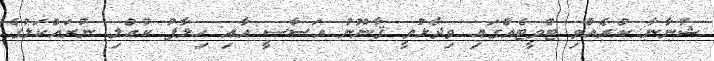
ޝުނާނާ ކުރެއްވި ޓްވީޓެއްގައި ވިދާޅުވީ ޤާނޫނު އަސާސީ އާއި ހިލާފު ކުއްލި ނުރައްކަލުގެ